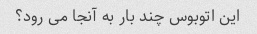
این اتوبوس چند بار به آنجا می رود؟